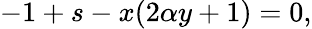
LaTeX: -1+s-x(2\alpha y+1)=0,